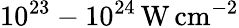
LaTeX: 10^{23}-10^{24}\, \mathrm{W\, cm}^{-2}